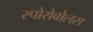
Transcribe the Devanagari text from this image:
स्पोरोबोलस